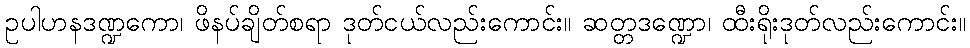
ဥပါဟနဒဏ္ဍကော၊ ဖိနပ်ချိတ်စရာ ဒုတ်ငယ်လည်းကောင်း။ ဆတ္တဒဏ္ဍော၊ ထီးရိုးဒုတ်လည်းကောင်း။